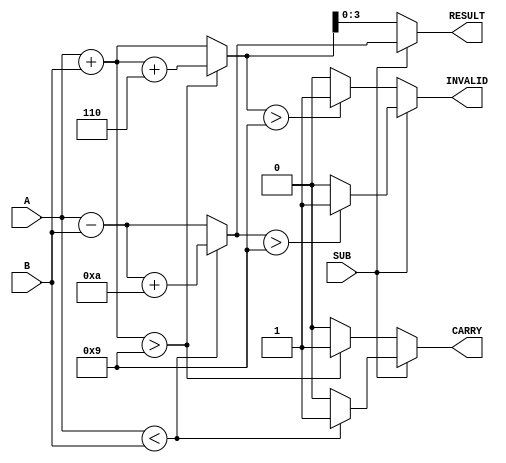
module BCD_Add_Subtracter (
    input  wire [3:0] A,      // First BCD digit
    input  wire [3:0] B,      // Second BCD digit
    input  wire SUB,          // Control signal: 0 for addition, 1 for subtraction
    output reg  [3:0] RESULT, // Resulting BCD digit
    output reg  CARRY,        // Carry out for addition / Borrow for subtraction
    output reg  INVALID       // Indicates an invalid BCD result
);

    reg [4:0] sum;            // Temporary variable to hold the sum
    reg [4:0] diff;           // Temporary variable to hold the difference

    always @(*) begin
        // Initialize outputs
        RESULT = 4'b0000;
        CARRY = 1'b0;
        INVALID = 1'b0;

        if (SUB == 1'b0) begin
            // Addition: A + B
            sum = A + B;

            // Check for BCD correction
            if (sum > 4'd9) begin
                sum = sum + 5'd6; // BCD correction by adding 6
                CARRY = 1'b1;     // Set carry flag
            end
            
            // Assign result and check for validity
            RESULT = sum[3:0];
            if (sum > 5'd9) begin
                INVALID = 1'b1;   // Set invalid flag if result > 9
            end
            
        end else begin
            // Subtraction: A - B
            diff = A - B;

            // Check for borrow
            if (A < B) begin
                diff = diff + 5'd10; // BCD correction by adding 10
                CARRY = 1'b1;        // Set borrow flag
            end

            // Assign result
            RESULT = diff[3:0];

            // Check for invalid result (subtraction should not be invalid in BCD context)
            if (RESULT > 4'd9) begin
                INVALID = 1'b1;     // Set invalid flag if result > 9
            end
        end
    end

endmodule